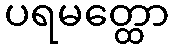
ပရမတ္ထော